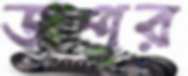
জপুর